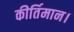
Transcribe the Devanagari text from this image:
कीर्तिमान।